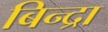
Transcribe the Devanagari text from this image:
बिन्द्रा